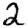
Digit: 2